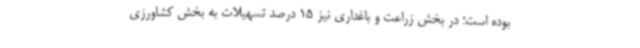
بوده است؛ در بخش زراعت و باغداری نیز 15 درصد تسهیلات به بخش کشاورزی